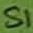
Text: S1